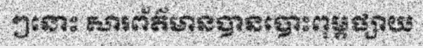
ៗនោះ សារព័ត៌មានបានបោះពុម្ពផ្សាយ